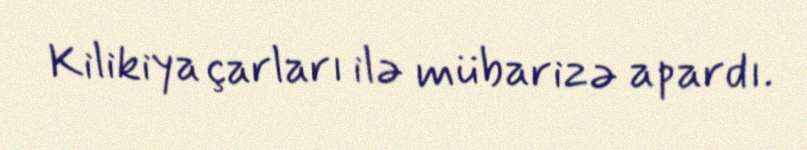
Kilikiya çarları ilə mübarizə apardı.